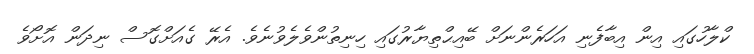
ކްލާހުގައި އިން އިބާފެނި އަހަރެންނަށް ބޭއިޙްތިޔާރުގައި ހިނިތުންވެލެވުނެވެ. އެރޭ ގެއަށްގޮސް ނިދަން އޮށޯވެ